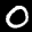
Label: 0